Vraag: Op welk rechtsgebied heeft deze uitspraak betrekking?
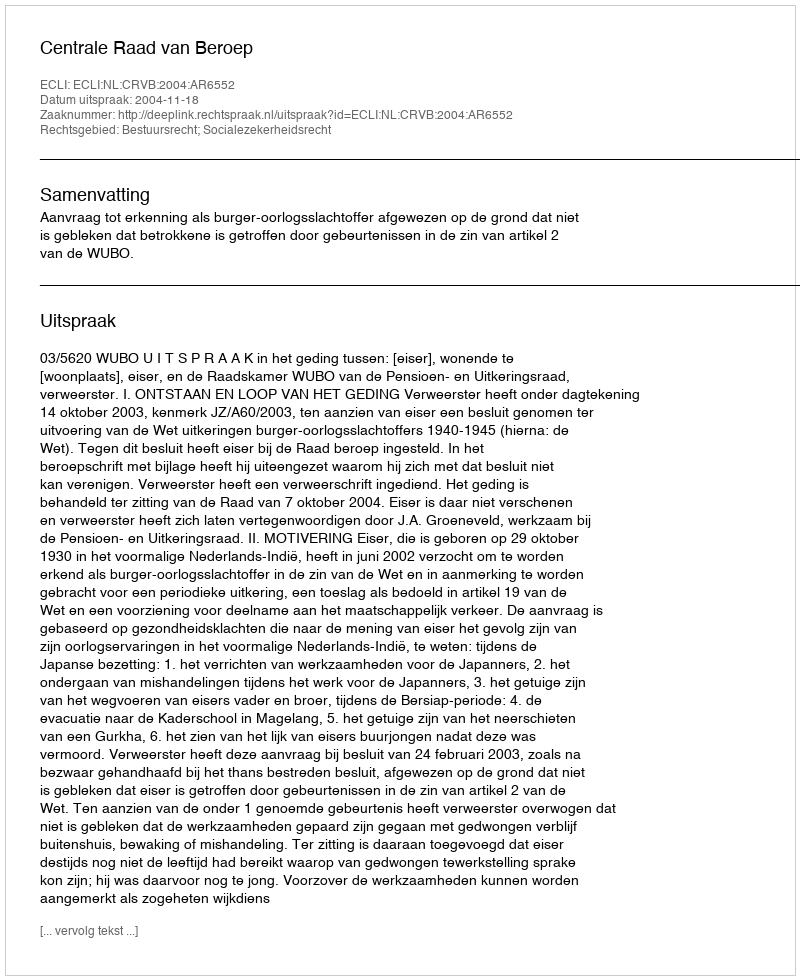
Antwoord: Bestuursrecht; Socialezekerheidsrecht